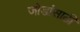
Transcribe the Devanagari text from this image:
जोडांसाठी